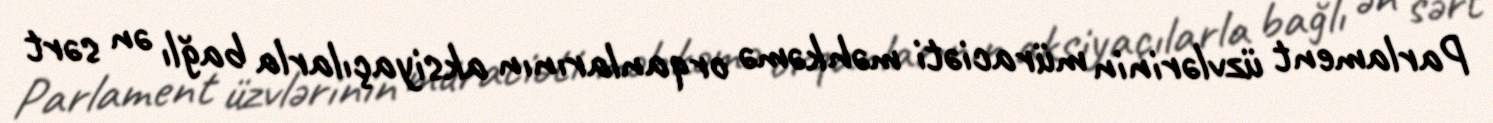
Parlament üzvlərinin müraciəti məhkəmə orqanlarının aksiyaçılarla bağlı ən sərt